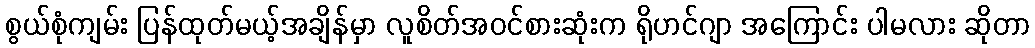
စွယ်စုံကျမ်း ပြန်ထုတ်မယ့်အချိန်မှာ လူစိတ်အဝင်စားဆုံးက ရိုဟင်ဂျာ အကြောင်း ပါမလား ဆိုတာ